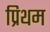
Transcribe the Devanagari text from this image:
प्रिथम